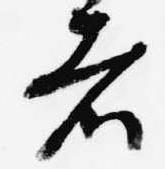
者